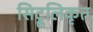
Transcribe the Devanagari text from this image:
सिट्रूलिकृत